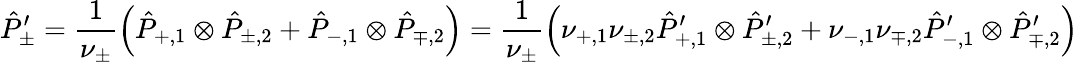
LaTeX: \hat{P}_{\pm}^{\prime}\stackrel{}{=}\frac{1}{\nu_{\pm}}\left(\hat{P}_{+,1}\otimes\hat{P}_{\pm,2}+\hat{P}_{-,1}\otimes\hat{P}_{\mp,2}\right)=\frac{1}{\nu_{\pm}}\left(\nu_{+,1}\nu_{\pm,2}\hat{P}_{+,1}^{\prime}\otimes\hat{P}_{\pm,2}^{\prime}+\nu_{-,1}\nu_{\mp,2}\hat{P}_{-,1}^{\prime}\otimes\hat{P}_{\mp,2}^{\prime}\right)